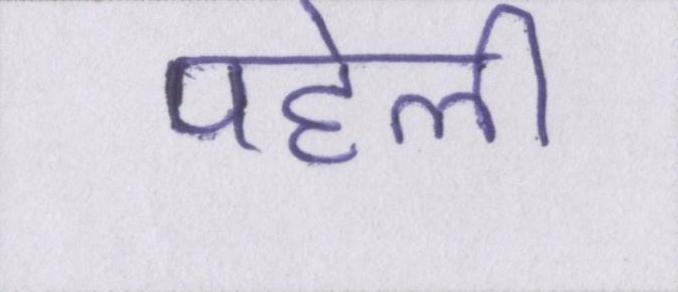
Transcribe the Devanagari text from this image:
पहेली